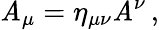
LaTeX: \mathit{A}_{\mu}=\eta_{\mu\nu}\mathit{A}^{\nu}\, ,